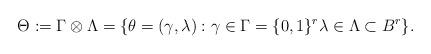
LaTeX: \begin{align*}\Theta:=\Gamma\otimes\Lambda=\{\theta=(\gamma,\lambda):\gamma\in\Gamma=\{0,1\}^r \lambda\in\Lambda\subset B^r\}.\end{align*}